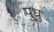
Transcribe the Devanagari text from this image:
पुधु